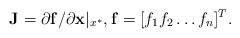
LaTeX: \begin{align*}\mathbf{J}=\partial \mathbf{f}/\partial \mathbf{x}|_{x^*},\mathbf{f}=[f_1f_2\ldots f_n]^T.\end{align*}